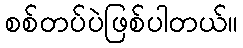
စစ်တပ်ပဲဖြစ်ပါတယ်။